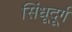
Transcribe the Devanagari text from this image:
सिंधूदूर्ग